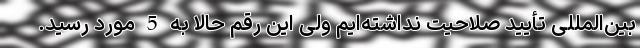
بین‌المللی تأیید صلاحیت نداشته‌ایم ولی این رقم حالا به 5 مورد رسید.